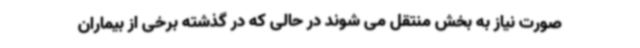
صورت نیاز به بخش منتقل می شوند در حالی که در گذشته برخی از بیماران